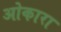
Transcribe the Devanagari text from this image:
ओकारा